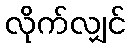
လိုက်လျှင်